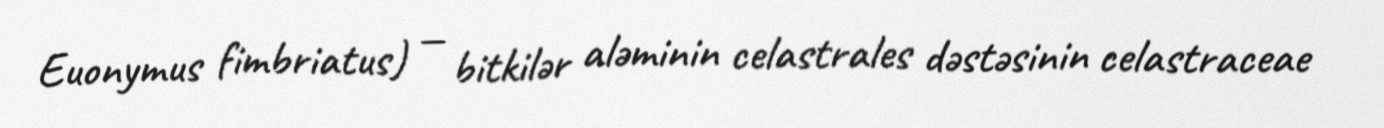
Euonymus fimbriatus) — bitkilər aləminin celastrales dəstəsinin celastraceae